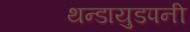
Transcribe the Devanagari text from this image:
थन्डायुडपनी